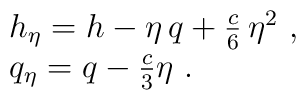
\begin{array}{l}      h_{\eta} = h - \eta\, q + {c \over 6}\, \eta^2  ~, \\      q_{\eta} = q - {c \over 3} \eta ~.   \end{array}